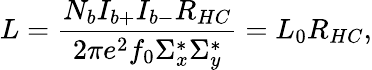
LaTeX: L=\frac{N_{b}I_{b+}I_{b-}R_{HC}}{2\pi e^{2}f_{0}\Sigma_{x}^{*}\Sigma_{y}^{*}}=L_{0}R_{HC},